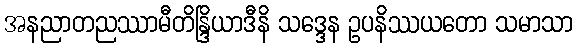
အနညာတညဿာမီတိန္ဒြိယာဒီနိ သဒ္ဒေန ဥပနိဿယတော သမာသာ